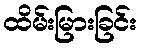
ထိမ်းမြားခြင်း